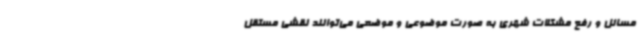
مسائل و رفع مشکلات شهری به صورت موضوعی و موضعی می‌توانند نقشی مستقل